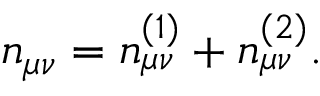
n _ { \mu \nu } = n _ { \mu \nu } ^ { ( 1 ) } + n _ { \mu \nu } ^ { ( 2 ) } .